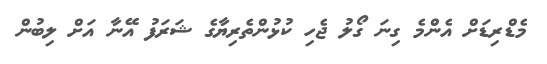
މެޑްރިޑަށް އެންމެ ގިނަ ގޯލު ޖެހި ކުޅުންތެރިޔާގެ ޝަރަފު އޭނާ އަށް ލިބުން